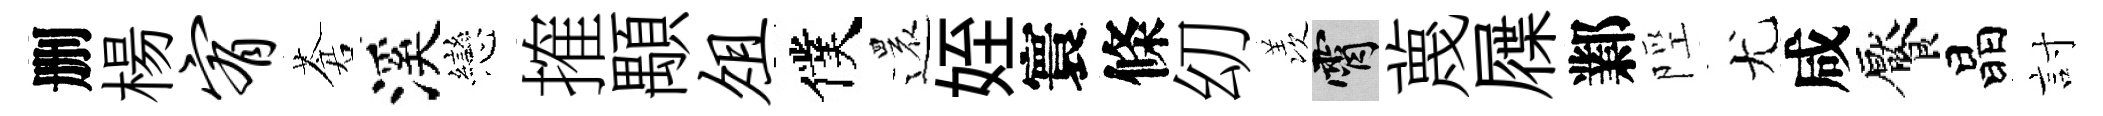
删楊宥蒼溪戀搉顒俎僕還姪寰條㓜羡霄蔑屧鄴陘尤咸饜晶討